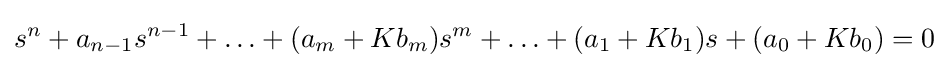
s^{n}+a_{n-1}s^{n-1}+\ldots +(a_{m}+Kb_{m})s^{m}+\ldots +(a_{1}+Kb_{1})s+(a_{0}+Kb_{0})=0